Proceedings of the meeting of veterinary officers in India
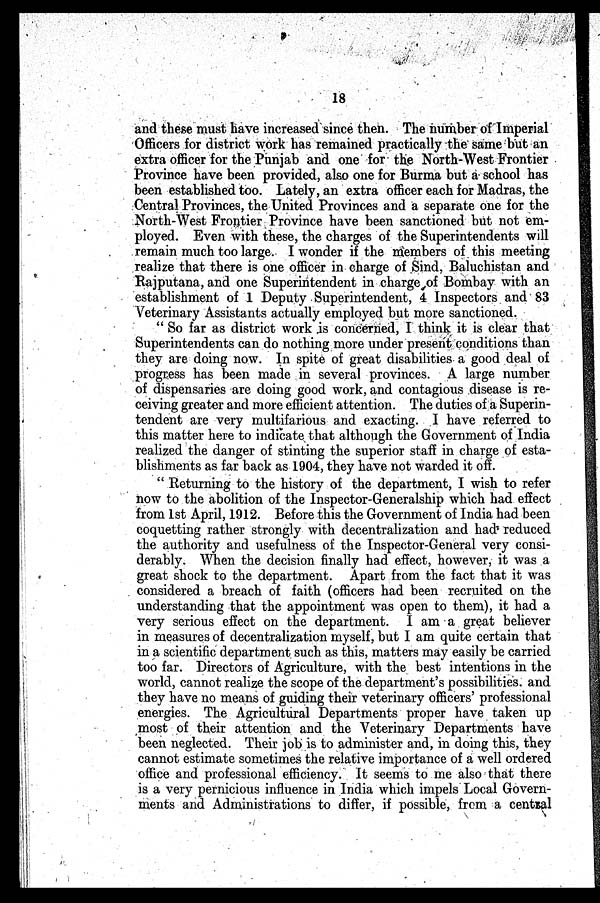
18
and these must have increased since then. The number of Imperial
Officers for district work has remained practically the same but an
extra officer for the Punjab and one for the North-West Frontier
Province have been provided, also one for Burma but a school has
been established too. Lately, an extra officer each for Madras, the
Central Provinces, the United Provinces and a separate one for the
North-West Frontier Province have been sanctioned but not em-
ployed. Even with these, the charges of the Superintendents will
remain much too large. I wonder if the members of this meeting
realize that there is one officer in charge of Sind, Baluchistan and
Rajputana, and one Superintendent in charge of Bombay with an
establishment of 1 Deputy Superintendent, 4 Inspectors and 83
Veterinary Assistants actually employed but more sanctioned.
" So far as district work is concerned, I think it is clear that
Superintendents can do nothing more under present conditions than
they are doing now. In spite of great disabilities a good deal of
progress has been made in several provinces. A large number
of dispensaries are doing good work, and contagious disease is re-
ceiving greater and more efficient attention. The duties of a Superin-
tendent are very multifarious and exacting. I have referred to
this matter here to indicate that although the Government of India
realized the danger of stinting the superior staff in charge of esta-
blishments as far back as 1904, they have not warded it off.
" Returning to the history of the department, I wish to refer
now to the abolition of the Inspector-Generalship which had effect
from 1st April, 1912. Before this the Government of India had been
coquetting rather strongly with decentralization and had reduced
the authority and usefulness of the Inspector-General very consi-
derably. When the decision finally had effect, however, it was a
great shock to the department. Apart from the fact that it was
considered a breach of faith (officers had been recruited on the
understanding that the appointment was open to them), it had a
very serious effect on the department. I am a great believer
in measures of decentralization myself, but I am quite certain that
in a scientific department such as this, matters may easily be carried
too far. Directors of Agriculture, with the best intentions in the
world, cannot realize the scope of the department's possibilities. and
they have no means of guiding their veterinary officers' professional
energies. The Agricultural Departments proper have taken up
most of their attention and the Veterinary Departments have
been neglected. Their job is to administer and, in doing this, they
cannot estimate sometimes the relative importance of a well ordered
office and professional efficiency. It seems to me also that there
is a very pernicious influence in India which impels Local Govern-
ments and Administrations to differ, if possible, from a central